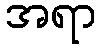
အရာ